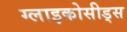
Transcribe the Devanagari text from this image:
ग्लाइकोसीड्स